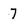
Character: 7